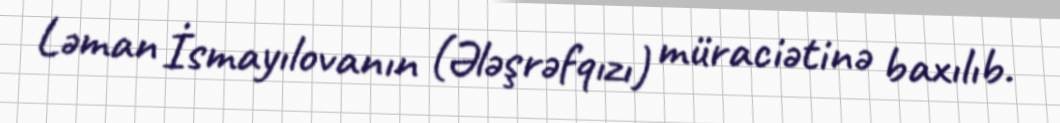
Ləman İsmayılovanın (Ələşrəfqızı) müraciətinə baxılıb.